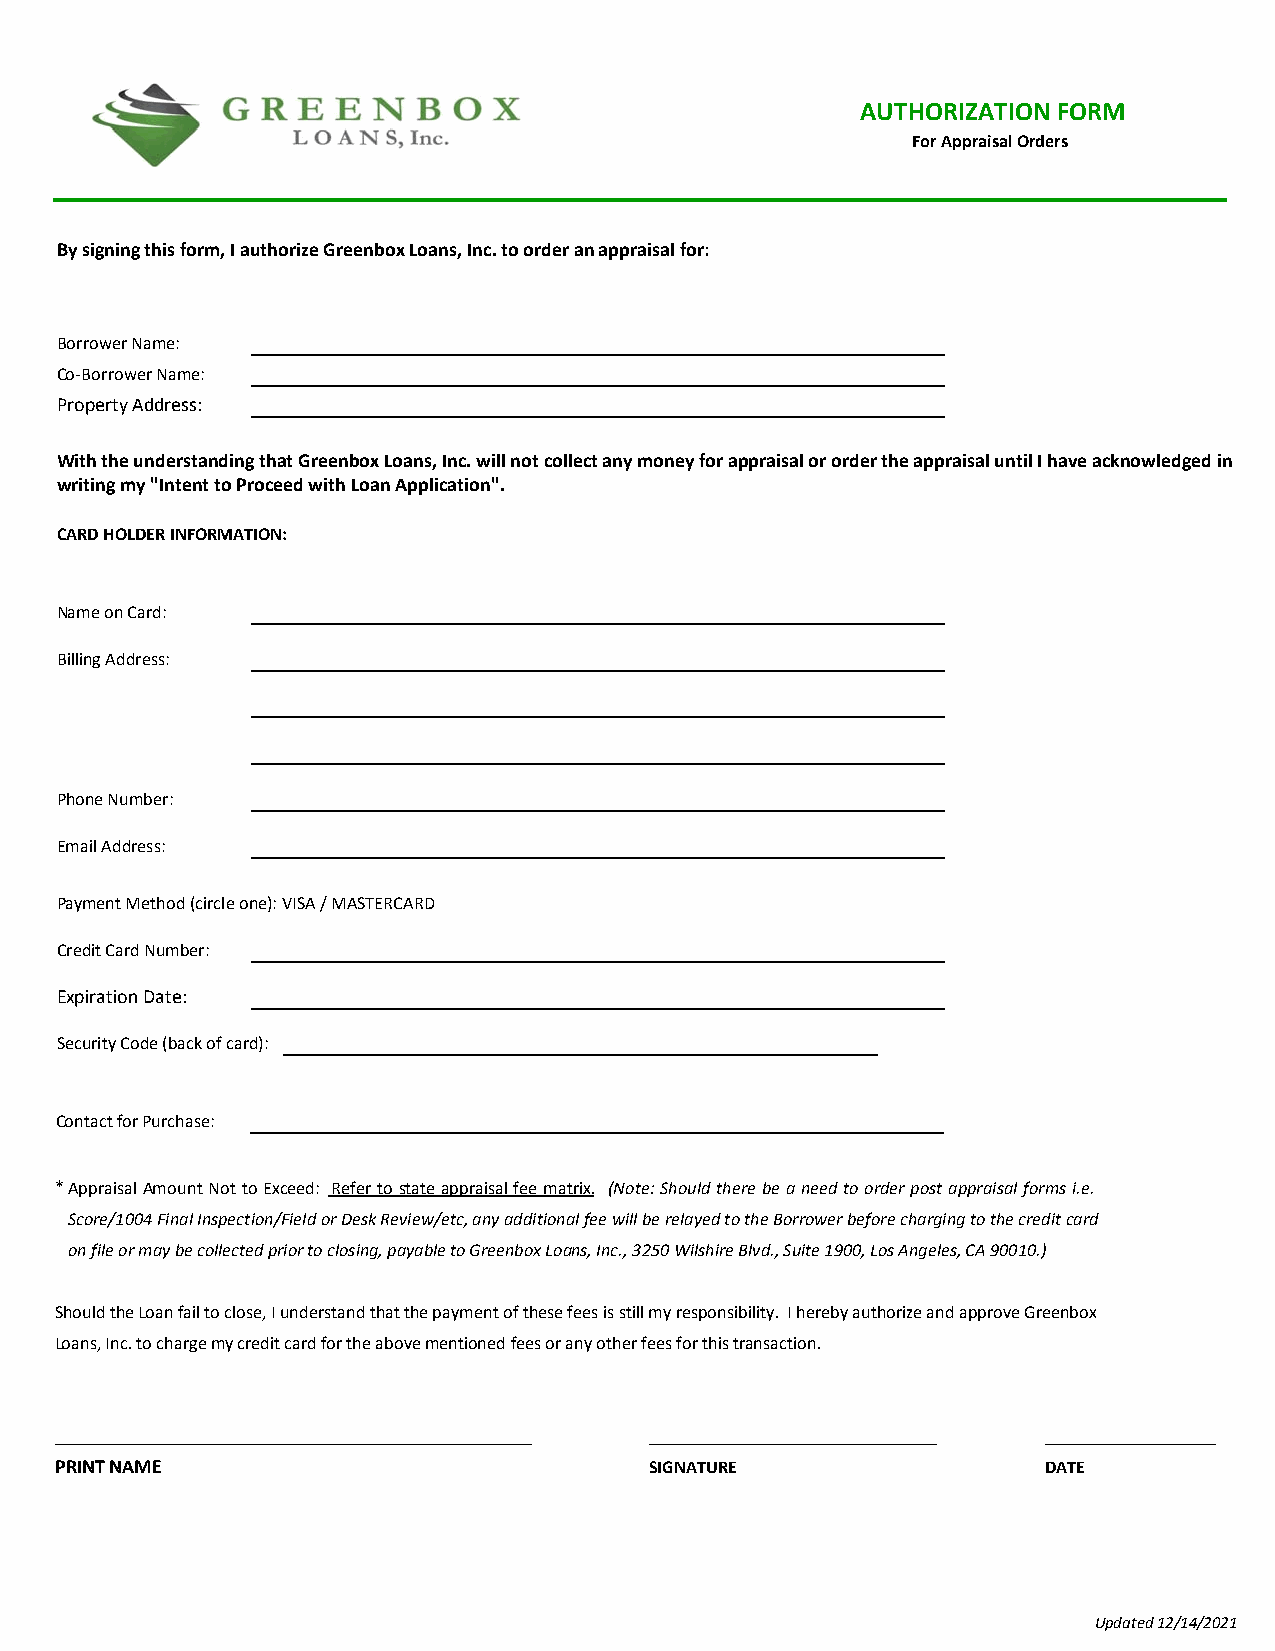
AUTHORIZATION FORM
 For Appraisal Orders
 By signing this form, I authorize Greenbox Loans, Inc. to order an appraisal for:
 Borrower Name:
 Co-Borrower Name:
 Property Address:
 With the understanding that Greenbox Loans, Inc. will not collect any money for appraisal or order the appraisal until I have acknowledged in
 writing my "Intent to Proceed with Loan Application".
 CARD HOLDER INFORMATION:
 Name on Card:
 Billing Address:
 Phone Number:
 Email Address:
 Payment Method (circle one): VISA / MASTERCARD
 Credit Card Number:
 Expiration Date:
 Security Code (back of card):
 Contact for Purchase:
 *Appraisal Amount Not to Exceed: Refer to state appraisal fee matrix. (Note: Should there be a need to order post appraisal forms i.e.
 Score/1004 Final Inspection/Field or Desk Review/etc, any additional fee will be relayed to the Borrower before charging to the credit card
 on file or may be collected prior to closing, payable to Greenbox Loans, Inc., 3250 Wilshire Blvd., Suite 1900, Los Angeles, CA 90010.)
 Should the Loan fail to close, I understand that the payment of these fees is still my responsibility. I hereby authorize and approve Greenbox
 Loans, Inc. to charge my credit card for the above mentioned fees or any other fees for this transaction.
 _____________________________________________________ ________________________________ ___________________
 PRINT NAME                             SIGNATURE                 DATE
 Updated 12/14/2021